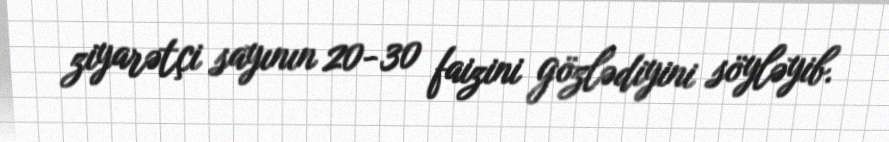
ziyarətçi sayının 20-30 faizini gözlədiyini söyləyib.